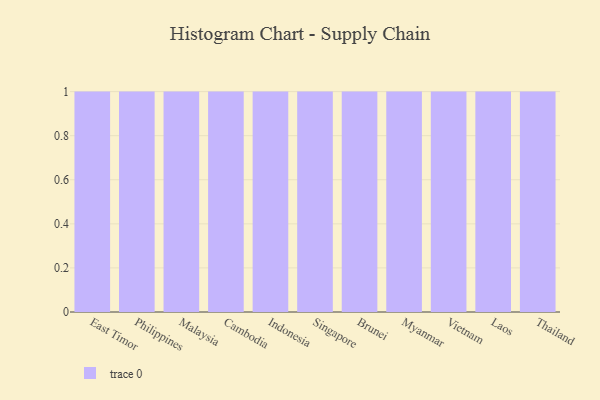
{"axis": {"x": "Country", "y": "Demand Index"}, "legend": [""], "data": [{"x": "East Timor", "y": 42, "type": ""}, {"x": "Philippines", "y": 40, "type": ""}, {"x": "Malaysia", "y": 54, "type": ""}, {"x": "Cambodia", "y": 85, "type": ""}, {"x": "Indonesia", "y": 3, "type": ""}, {"x": "Singapore", "y": 4, "type": ""}, {"x": "Brunei", "y": 88, "type": ""}, {"x": "Myanmar", "y": 47, "type": ""}, {"x": "Vietnam", "y": 32, "type": ""}, {"x": "Laos", "y": 28, "type": ""}, {"x": "Thailand", "y": 50, "type": ""}]}